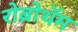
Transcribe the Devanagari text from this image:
रोब्रोथॅम